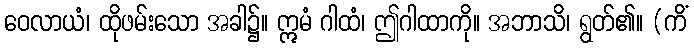
ဝေလာယံ၊ ထိုဖမ်းသော အခါ၌။ ဣမံ ဂါထံ၊ ဤဂါထာကို။ အဘာသိ၊ ရွတ်၏။ (ကိံ